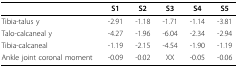
|  | S1 | S2 | S3 | S4 | S5 |
 | --- | --- | --- | --- | --- | --- |
 | Tibia-talus y | -2.91 | -1.18 | -1.71 | -1.14 | -3.81 |
 | Talo-calcaneal y | -4.27 | -1.96 | -6.04 | -2.34 | -2.94 |
 | Tibia-calcaneal | -1.19 | -2.15 | -4.54 | -1.90 | -1.19 |
 | Ankle joint coronal moment | -0.09 | -0.02 | XX | -0.05 | -0.06 |